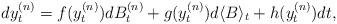
LaTeX: \begin{align*} dy_t^{(n)}= f(y_t^{(n)})d B_t^{(n)} + g(y_t^{(n)})d\langle B\rangle_t + h(y_t^{(n)}) dt,\end{align*}